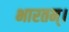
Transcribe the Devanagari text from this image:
भारतम्।